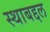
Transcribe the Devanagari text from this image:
स्थाबद्दल